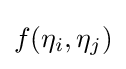
f(\eta _{i},\eta _{j})